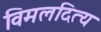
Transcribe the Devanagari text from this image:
विमलदित्य